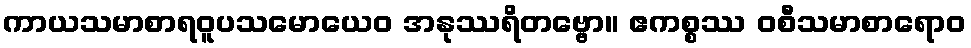
ကာယသမာစာရဝူပသမောယေဝ အနုဿရိတဗ္ဗော။ ဧကစ္စဿ ဝစီသမာစာရောဝ